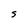
Character: S